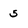
Character: 5